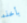
بأخذه